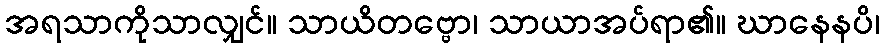
အရသာကိုသာလျှင်။ သာယိတဗ္ဗော၊ သာယာအပ်ရာ၏။ ဃာနေနပိ၊